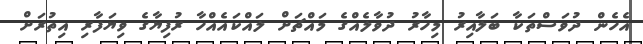
އެހެން ދުވަސްތަކާ ބަލާއިރު މިހާރު ދުވާލެއްގެ މައްޗަށް ލައްކައެއްހާ ރުފިޔާގެ ވިޔަފާރި އިތުރަށް